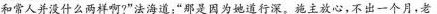
和常人并没什么两样啊?”法海道：“那是因为她道行深。施主放心，不出一个月，老